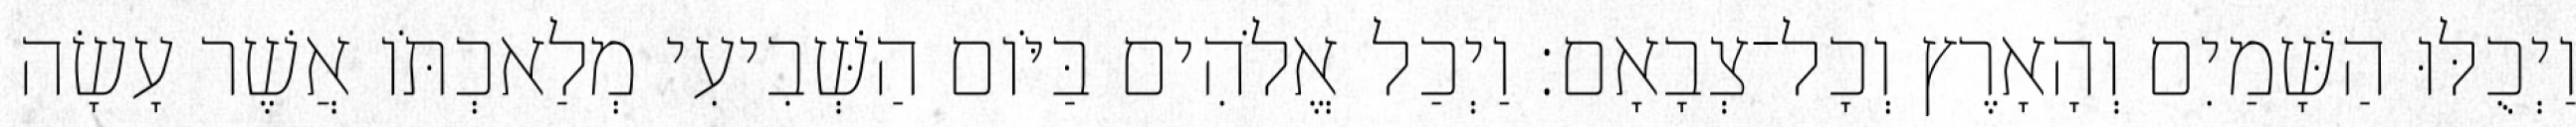
וַיְכֻלּוּ הַשָּׁמַיִם וְהָאָרֶץ וְכָל־צְבָאָם׃ וַיְכַל אֱלֹהִים בַּיֹּום הַשְּׁבִיעִי מְלַאכְתֹּו אֲשֶׁר עָשָׂה